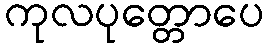
ကုလပုတ္တောပေ